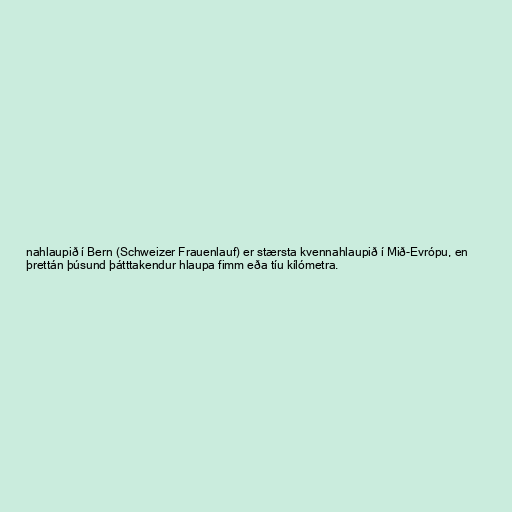
nahlaupið í Bern (Schweizer Frauenlauf) er stærsta kvennahlaupið í Mið-Evrópu, en
þrettán þúsund þátttakendur hlaupa fimm eða tíu kílómetra.